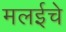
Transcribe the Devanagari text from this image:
मलईचे